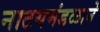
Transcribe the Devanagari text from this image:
नाटयमंडळाने